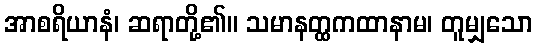
အာစရိယာနံ၊ ဆရာတို့၏။ သမာနတ္ထကထာနာမ၊ တူမျှသော